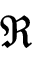
\mathfrak { R }